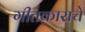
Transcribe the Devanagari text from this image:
गीतकाराचे